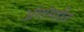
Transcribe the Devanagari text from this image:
अंगांसहीत